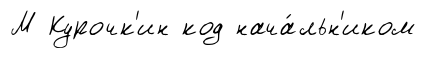
М Курочк'ин код нача́льн'иком